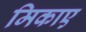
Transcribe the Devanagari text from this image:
मिकाए